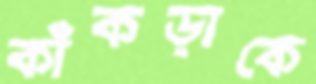
কাঁকড়াকে